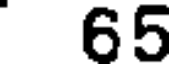
65